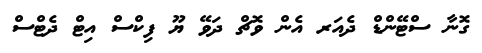
ގޮނާ ސްޓޭންޑް ދެއަރ އެން ވޮޗް ދަވޭ ޔޫ ފިކްސް އިޓް ދެޓްސް